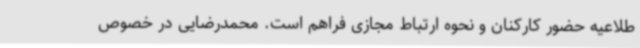
طلاعیه حضور کارکنان و نحوه ارتباط مجازی فراهم است. محمدرضایی در خصوص